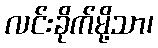
လင်းခိုက်မို့သာ၊